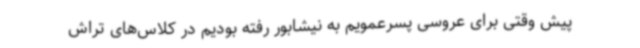
پیش وقتی برای عروسی پسرعمویم به نیشابور رفته بودیم در کلاس‌های تراش